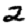
Digit: 2